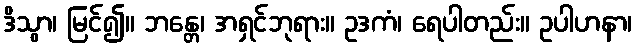
ဒိသွာ၊ မြင်၍။ ဘန္တေ၊ အရှင်ဘုရား။ ဥဒကံ၊ ရေပါတည်း။ ဥပါဟနာ၊